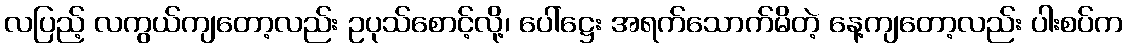
လပြည့် လကွယ်ကျတော့လည်း ဥပုသ်စောင့်လို့၊ ပေါ်ဋ္ဌေး အရက်သောက်မိတဲ့ နေ့ကျတော့လည်း ပါးစပ်က